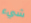
شيء